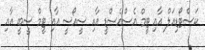
ކަސްޓޯޑިއަލް އާއި ޓީމް އެސްއެސްޑީ އާއި ސީއޯސީ އާއި ޓީމް ސީބީ އާއި